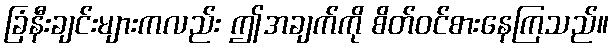
ခြံနီးချင်းများကလည်း ဤအချက်ကို စိတ်ဝင်စားနေကြသည်။